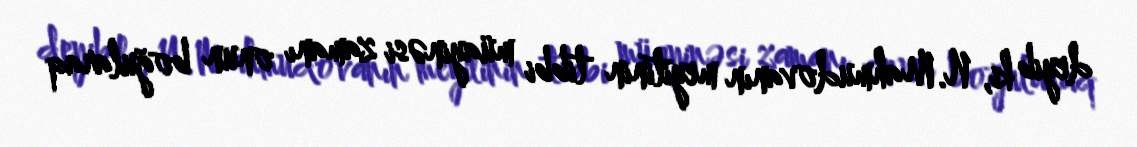
deyib ki, N.Mahmudovanın meyitinin tibbi müayinəsi zamanı onun boğularaq